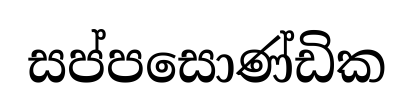
සප්පසොණ්ඩික